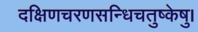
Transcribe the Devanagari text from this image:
दक्षिणचरणसन्धिचतुष्केषु।